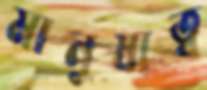
মানুষ্যত্ব